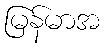
မြန်မာအ